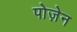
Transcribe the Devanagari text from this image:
पोज़ेन